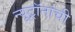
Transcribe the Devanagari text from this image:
न्यूट्रॉनांची